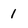
Character: 1